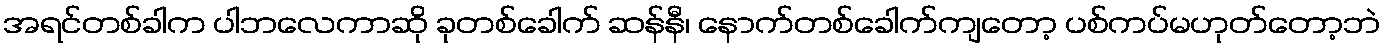
အရင်တစ်ခါက ပါဘလေကာဆို ခုတစ်ခေါက် ဆန်နီ၊ နောက်တစ်ခေါက်ကျတော့ ပစ်ကပ်မဟုတ်တော့ဘဲ